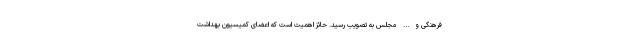
فرهنگی و… مجلس به تصویب رسید. حائز اهمیت است که اعضای کمیسیون بهداشت